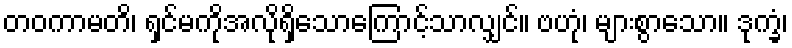
တဝကာမတိ၊ ရှင်မကိုအလိုရှိသောကြောင့်သာလျှင်။ ဗဟုံ၊ များစွာသော။ ဒုက္ခံ၊